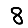
Digit: 8